Civil Veterinary Department Bihar reports 1936-40 - 1936-1940
Year: 1936
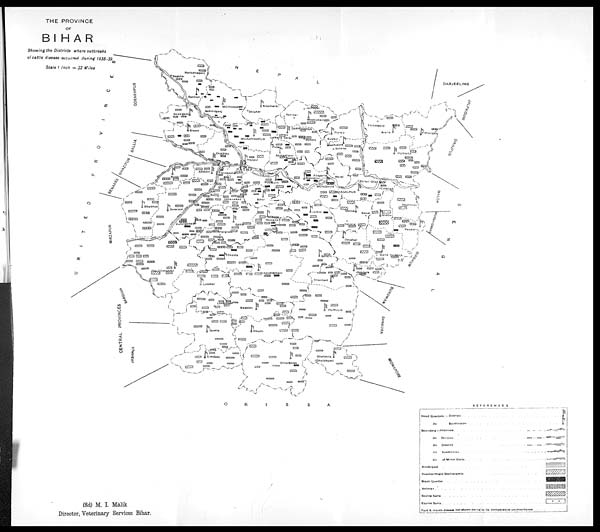
(Sd) M. I Malik
Director, Veterinary Services Bihar.